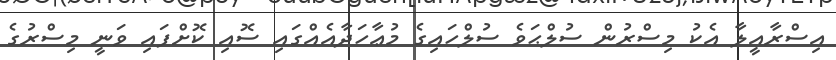
އިސްރާއީލާ އެކު މިސްރުން ސުލްޙަވެ ސުލްހައިގެ މުޢާހަދާއެއްގައި ސޮއި ކޮށްފައި ވަނީ މިސްރުގެ